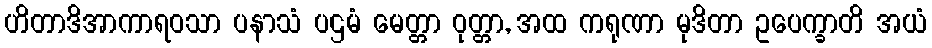
ဟိတာဒိအာကာရဝသာ ပနာသံ ပဌမံ မေတ္တာ ဝုတ္တာ, အထ ကရုဏာ မုဒိတာ ဥပေက္ခာတိ အယံ